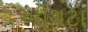
ઓગટા